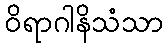
ဝိရာဂါနိသံသာ